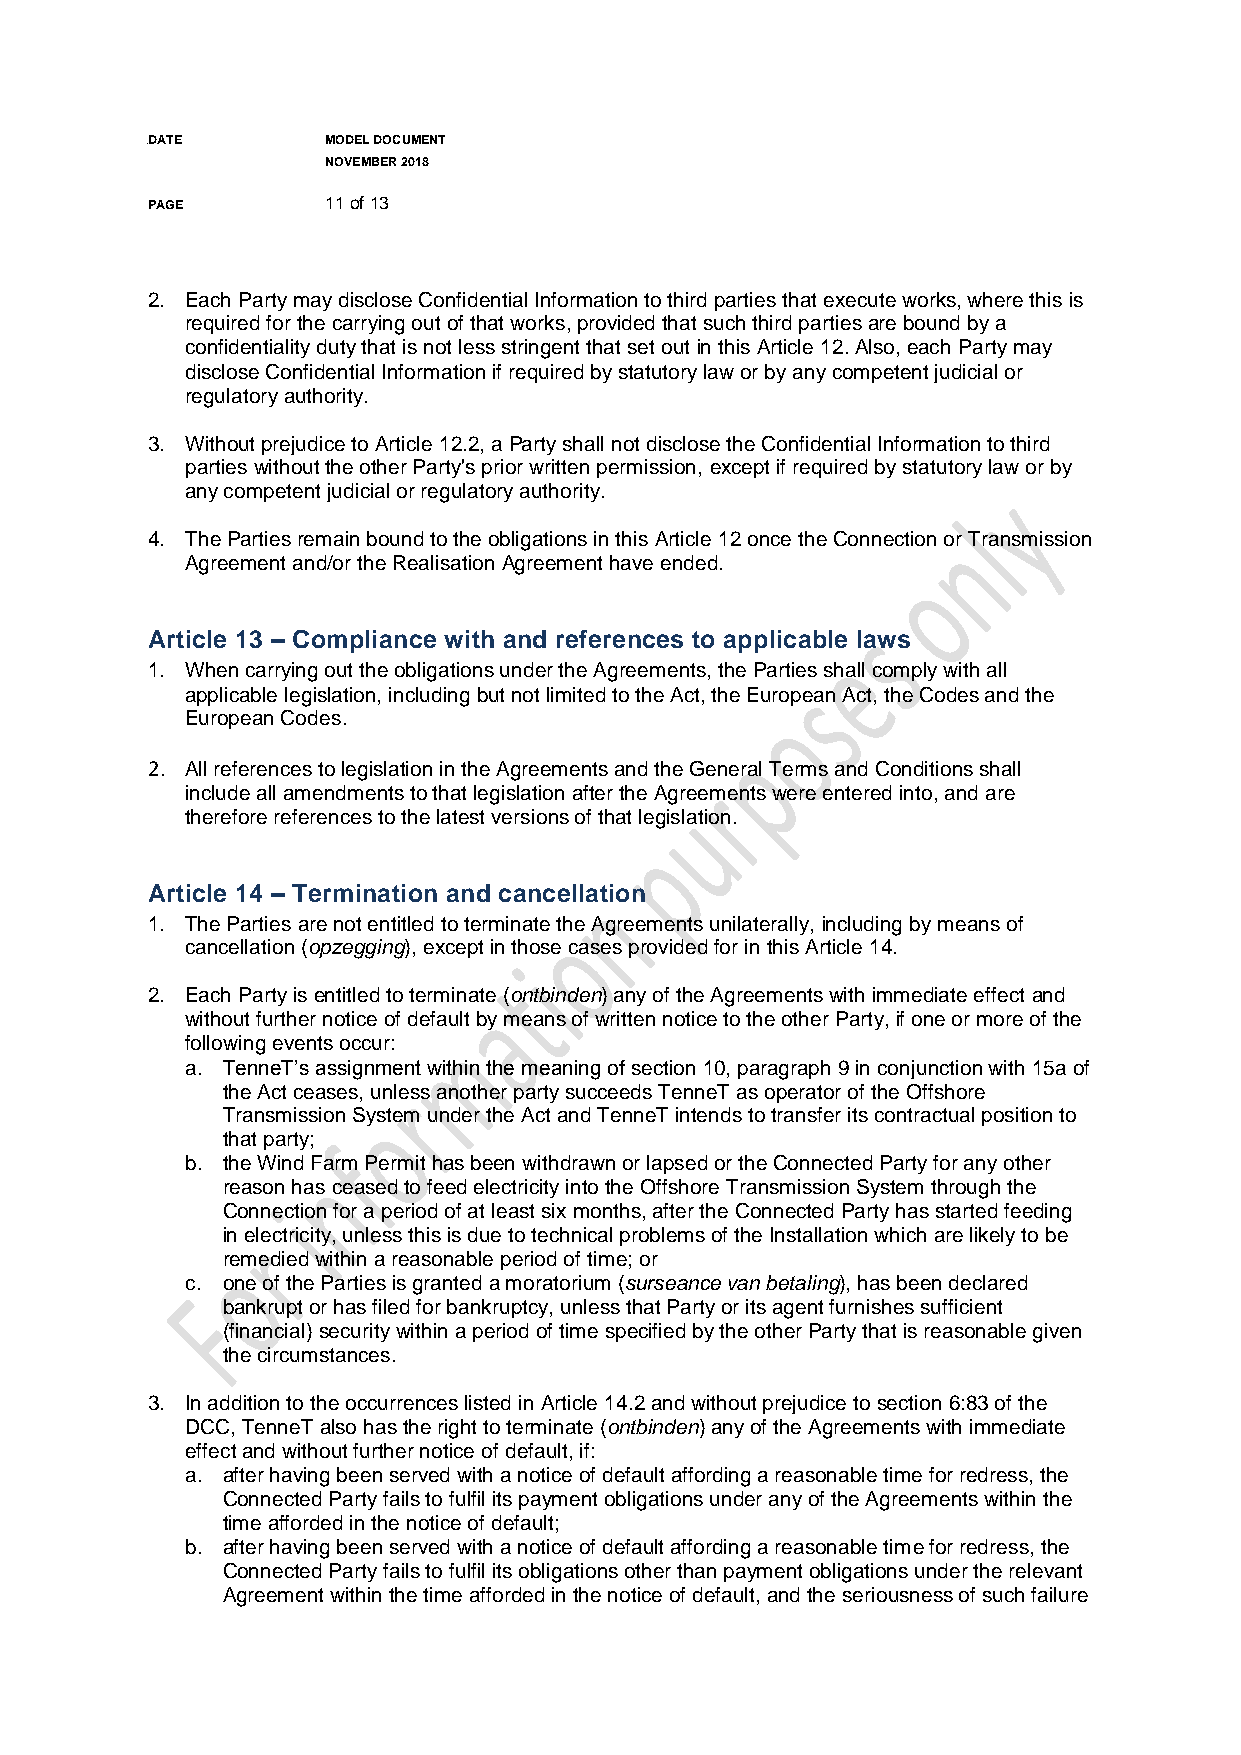
DADATE       MODEL DOCUMENT
 NOVEMBER 2018
 PAGE        11 of 13
 2. Each Party may disclose Confidential Information to third parties that execute works, where this is
 required for the carrying out of that works, provided that such third parties are bound by a
 confidentiality duty that is not less stringent that set out in this Article 12. Also, each Party may
 disclose Confidential Information if required by statutory law or by any competent judicial or
 regulatory authority.
 3. Without prejudice to Article 12.2, a Party shall not disclose the Confidential Information to third
 parties without the other Party's prior written permission, except if required by statutory law or by
 any competent judicial or regulatory authority.
 4. The Parties remain bound to the obligations in this Article 12 once the Connection or Transmission
 Agreement and/or the Realisation Agreement have ended.
 Article 13 – Compliance with and references to applicable laws
 1. When carrying out the obligations under the Agreements, the Parties shall comply with all
 applicable legislation, including but not limited to the Act, the European Act, the Codes and the
 European Codes.
 2. All references to legislation in the Agreements and the General Terms and Conditions shall
 include all amendments to that legislation after the Agreements were entered into, and are
 therefore references to the latest versions of that legislation.
 Article 14 – Termination and cancellation
 1. The Parties are not entitled to terminate the Agreements unilaterally, including by means of
 cancellation (opzegging), except in those cases provided for in this Article 14.
 2. Each Party is entitled to terminate (ontbinden) any of the Agreements with immediate effect and
 without further notice of default by means of written notice to the other Party, if one or more of the
 following events occur:
 a. TenneT’s assignment within the meaning of section 10, paragraph 9 in conjunction with 15a of
 the Act ceases, unless another party succeeds TenneT as operator of the Offshore
 Transmission System under the Act and TenneT intends to transfer its contractual position to
 that party;
 b. the Wind Farm Permit has been withdrawn or lapsed or the Connected Party for any other
 reason has ceased to feed electricity into the Offshore Transmission System through the
 Connection for a period of at least six months, after the Connected Party has started feeding
 in electricity, unless this is due to technical problems of the Installation which are likely to be
 remedied within a reasonable period of time; or
 c. one of the Parties is granted a moratorium (surseance van betaling), has been declared
 bankrupt or has filed for bankruptcy, unless that Party or its agent furnishes sufficient
 (financial) security within a period of time specified by the other Party that is reasonable given
 the circumstances.
 3. In addition to the occurrences listed in Article 14.2 and without prejudice to section 6:83 of the
 DCC, TenneT also has the right to terminate (ontbinden) any of the Agreements with immediate
 effect and without further notice of default, if:
 a. after having been served with a notice of default affording a reasonable time for redress, the
 Connected Party fails to fulfil its payment obligations under any of the Agreements within the
 time afforded in the notice of default;
 b. after having been served with a notice of default affording a reasonable time for redress, the
 Connected Party fails to fulfil its obligations other than payment obligations under the relevant
 Agreement within the time afforded in the notice of default, and the seriousness of such failure